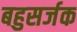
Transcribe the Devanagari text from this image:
बहुसर्जक